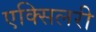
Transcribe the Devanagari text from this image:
एक्सिलरी